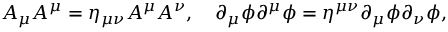
A _ { \mu } A ^ { \mu } = \eta _ { \mu \nu } A ^ { \mu } A ^ { \nu } , \quad \partial _ { \mu } \phi \partial ^ { \mu } \phi = \eta ^ { \mu \nu } \partial _ { \mu } \phi \partial _ { \nu } \phi ,